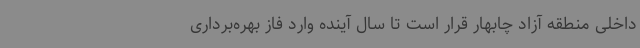
داخلی منطقه آزاد چابهار قرار است تا سال آینده وارد فاز بهره‌برداری